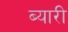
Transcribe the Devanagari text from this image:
ब्यारी